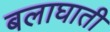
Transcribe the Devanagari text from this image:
बलाघाती